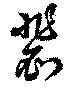
裴